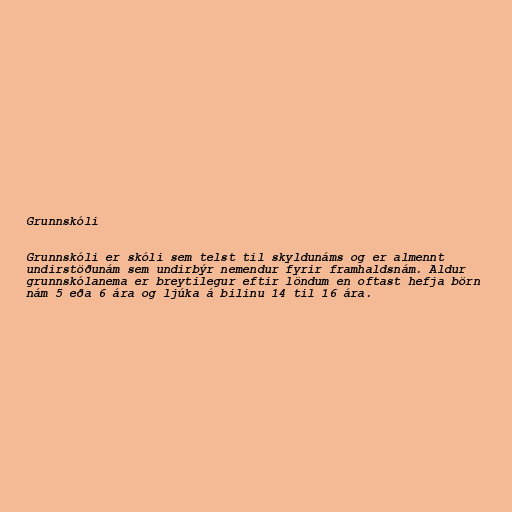
Grunnskóli

Grunnskóli er skóli sem telst til skyldunáms og er almennt
undirstöðunám sem undirbýr nemendur fyrir framhaldsnám. Aldur
grunnskólanema er breytilegur eftir löndum en oftast hefja börn
nám 5 eða 6 ára og ljúka á bilinu 14 til 16 ára.